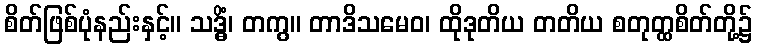
စိတ်ဖြစ်ပုံနည်းနှင့်။ သဒ္ဓိံ၊ တကွ။ တာဒိသမေဝ၊ ထိုဒုတိယ တတိယ စတုတ္ထစိတ်တို့၌